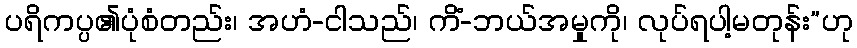
ပရိကပ္ပ၏ပုံစံတည်း၊ အဟံ-ငါသည်၊ ကိံ-ဘယ်အမှုကို၊ လုပ်ရပါ့မတုန်း”ဟု